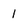
Character: 1